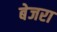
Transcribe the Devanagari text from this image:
बेजरा